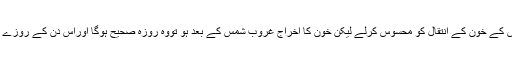
لیکن اگر عورت حيض کے خون کے انتقال کو محسوس کرلے لیکن خون کا اخراج غروب شمس کے بعد ہو تووہ روزہ صحیح ہوگا اوراس دن کے روزے سے کفائت کرے گا ۔